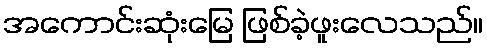
အကောင်းဆုံးမြေ ဖြစ်ခဲ့ဖူးလေသည်။